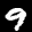
Label: 9